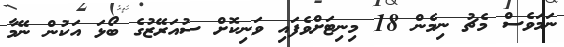
ނަމަވެސް މެޗު ނިމެން 18 މިނިޓަށްވެފައި ވަނިކޮށް ސުއަރޭޒުގެ ބޯޅަ އަކުން ނޭމާ